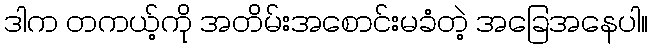
ဒါက တကယ့်ကို အတိမ်းအစောင်းမခံတဲ့ အခြေအနေပါ။